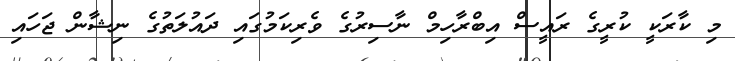
މި ކާރަކީ ކުރީގެ ރައީސް އިބްރާހިމް ނާސިރުގެ ވެރިކަމުގައި ދައުލަތުގެ ނިޝާން ޖަހައި